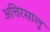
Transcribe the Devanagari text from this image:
अत्तिरसालु